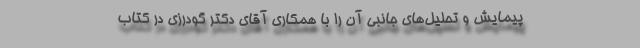
پیمایش و تحلیل‌های جانبی آن را با همکاری آقای دکتر گودرزی در کتاب